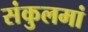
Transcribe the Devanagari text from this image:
संकुलमां